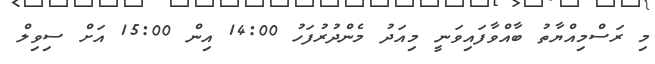
މި ރަސްމިއްޔާތު ބާއްވާފައިވަނީ މިއަދު މެންދުރުފަހު 14:00 އިން 15:00 އަށް ސިވިލް